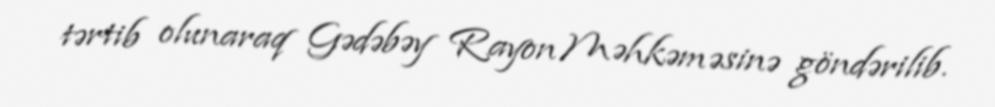
tərtib olunaraq Gədəbəy Rayon Məhkəməsinə göndərilib.